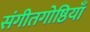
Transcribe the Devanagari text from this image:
संगीतगोष्ठियाँ